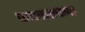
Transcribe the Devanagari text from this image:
कटकरचना